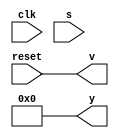
`timescale 1ns / 1ps
//////////////////////////////////////////////////////////////////////////////////
// Company: 
// Engineer: 
// 
// Design Name: 
// Module Name: tausworthe
// Project Name: 
// Target Devices: 
// Tool Versions: 
// Description: 
// 
// Dependencies: 
// 
// Revision:
// Revision 0.01 - File Created
// Additional Comments:
// 
//////////////////////////////////////////////////////////////////////////////////


module tausworthe(
    input clk,
    input reset,
    input [31:0] s,
    output reg v,
    output reg [31:0] y);
  reg[31:0] s0;
  reg [31:0] s1;
  reg [31:0] s2;
  reg [31:0] b;
  reg [31:0] temp;
  
   always@(reset)
                 begin
                 v=reset;
                 s0=s;
                 s1= 'h10850089 ^ s;
                 s2 = 'h89305309 ^s;
                 y=0;
                 end
          
        always@(posedge clk && reset==0)
        begin
        b= ((s0<<13)^s0)>>19;
        s0= ((s0&'hfffffffe)<<12)^b;
        b= ((s1<<2)^s1)>>25;
        s1= ((s1&'hfffffff8)<<4)^b;
        b= ((s2<<3)^s2)>>11;
        s2= ((s2&'hfffffff0)<<17)^b;
        temp=s0^s1;        
        y=s2^temp;
       end
endmodule